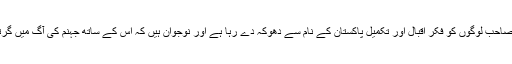
اور اب بھی یہ صاحب لوگوں کو فکر اقبال اور تکمیل پاکستان کے نام سے دھوکہ دے رہا ہے اور نوجوان ہیں کہ اس کے ساتھ جہنم کی آگ میں گرتے جارہے ہیں۔